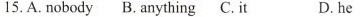
15. A. nobody B. anything C.it D. he